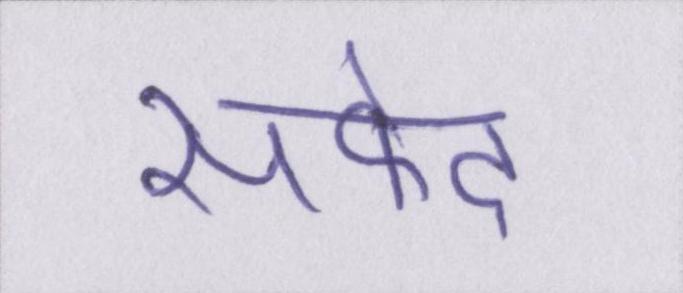
सफेद